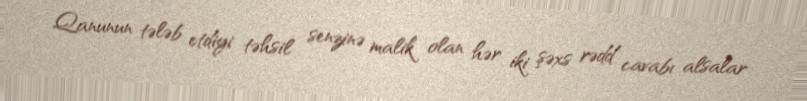
Qanunun tələb etdiyi təhsil senzinə malik olan hər iki şəxs rədd cavabı alsalar